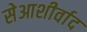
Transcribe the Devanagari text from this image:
सेआशीर्वाद